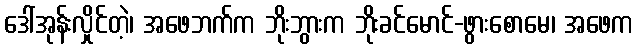
ဒေါ်အုန်းလှိုင်တဲ့၊ အဖေဘက်က ဘိုးဘွားက ဘိုးခင်မောင်-ဖွားစောမေ၊ အဖေက